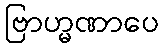
ဗြာဟ္မဏာပေ